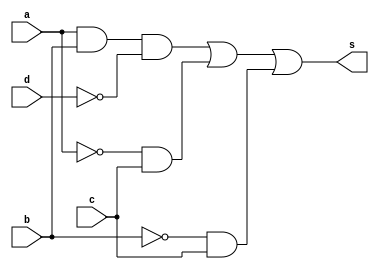
// ------------------------------
// Guia 08 - simplificacoes
// Nome: Mariana Ramos de Brito
// ------------------------------


// --------------
// -- numero 01
// --------------

module numero_01 (s, a, b, c, d);
	
	input   a, b, c ,d;
	output s;
	
	wire sa1, sa2, sa3, sa4, sa5, sa6;
	
		// instancia	
	not NOT1 (sa1, d);
	not NOT2 (sa2, a);
	not NOT3 (sa3, b);
	
	and AND1 (sa4, a, b, sa1);
	and AND2 (sa5, sa2, c);
	and AND3 (sa6, sa3, c);
	
	or OR1 (s, sa4, sa5, sa6);
	
endmodule // numero_01


// --------------
// -- numero 02
// --------------

module numero_02 (s,a, b, c, d);
	
	input   a, b, c, d;
	output s;
	
	wire sa1, sa2, sa3, sa4, sa5, sa6, sa7, sa8, sa9;
	
		// instancia	
	not NOT1 (sa1, a);
	not NOT2 (sa2, b);
	not NOT3 (sa3, c);
	not NOT4 (sa4, d);
	
	and AND1 (sa5, sa1, sa2, sa4);
	and AND2 (sa6, sa1, sa3, sa4);
	and AND3 (sa7, sa2, sa3, sa4);
	and AND4 (sa8, a, sa2, d);
	and AND5 (sa9, a, sa3, d);
	
	or OR1 (s, sa5, sa6, sa7, sa8, sa9);
	
endmodule // numero_02


// --------------
// -- numero 03
// --------------

module numero_03 (s, a, b, c, d, e);
	
	input   a, b, c, d, e;
	output s;
	
	wire sa1, sa2, sa3;
	
		// instancia	
	not NOT1 (sa1, a);
	not NOT2 (sa2, b);
	not NOT3 (sa3, c);
	not NOT4 (sa4, d);
	not NOT5 (sa5, e);
	
	and AND1 (sa6, a, b, d, e);
	and AND2 (sa7, sa1, sa3, sa4);
	and AND3 (sa8, sa2, sa4, e);
	and AND4 (sa9, sa2, sa4, c);
	and AND5 (sa10, b, c, d);
	and AND6 (sa11, c, e);
	and AND7 (sa12, a, sa2, sa3, d, sa5);
	
	or OR1 (s, sa6, sa7, sa8, sa9, sa10, sa11, sa12);
	
endmodule // numero_03


// --------------
// -- numero 04
// --------------

module numero_04 (s, a, b ,c ,d);
	
	input   a, b, c, d;
	output s;
	
	wire sa1, sa2, sa3, sa4, sa5, sa6, sa7, sa8, sa9, sa10, sa11, sa12;
	
		// instancia	
	nand NAND1 (sa1, d);
	nand NAND2 (sa2, a, b, sa1);
	nand NAND3 (sa3, sa2);
	nand NAND4 (sa4, sa3);
	nand NAND5 (sa5, a);
	nand NAND6 (sa6, c, sa5);
	nand NAND7 (sa7, sa6);
	nand NAND8 (sa8, sa7);
	nand NAND9 (sa9, b);
	nand NAND10 (sa10, c, sa9);
	nand NAND11 (sa11, sa10);
	nand NAND12 (sa12, sa11);
	nand NAND13 (s, sa4, sa8, sa12);
	
endmodule // numero_04


// --------------
// -- numero 05
// --------------

module numero_05 (s, a, b, c, d);
	
		input a, b, c, d;
		output s;
		
		wire sa1, sa2, sa3, sa4, sa5, sa6, sa7, sa8, sa9, sa14, sa21, sa26, sa31, sa32;
		
		nor NOR1 (sa1, a);
		nor NOR2 (sa2, sa1);
		nor NOR3 (sa3, b);
		nor NOR4 (sa4, sa3);
		nor NOR5 (sa5, d);
		nor NOR6 (sa6, sa5);
		nor NOR7 (sa7, sa2, sa4, sa6);
		
		nor NOR8 (sa8, c);
		nor NOR9 (sa9, sa8);
		nor NOR14 (sa14, sa2, sa6, sa9);
		
		nor NOR21 (sa21, sa4, sa9, sa6);
		
		nor NOR26 (sa26, sa1, sa4, sa5);

		nor NOR31 (sa31, sa1, sa9, sa5);
		
		nor NOR32 (sa32, sa7, sa14, sa21, sa26, sa31);
		nor NOR33 (s, sa32);
	
endmodule // numero_05



// ----------------
// -- guia 08 teste
// ----------------

module teste_guia_08;

	reg [4:0] entrada;
	wire s1, s2, s3 ,s4, s5;
	
	
		// instancia	
	numero_01 PRIM (s1, entrada[4], entrada[3], entrada[2], entrada[1]);
	numero_02 SEG (s2, entrada[4], entrada[3], entrada[2], entrada[1]);
	numero_03 TER (s3, entrada[4], entrada[3], entrada[2], entrada[1], entrada[0]);
	numero_04 QUA (s4, entrada[4], entrada[3], entrada[2], entrada[1]);
	numero_05 QUI (s5, entrada[4], entrada[3], entrada[2], entrada[1]);

	initial begin:start
		entrada = 0;
	end
	

		// parte principal
	initial begin:main
	
		$display("Guia 08 - Mariana Ramos de Brito - 405820\n");
		$monitor("\na = %b\nb = %b\nc = %b\nd = %b\ne = %b\n\nnumero 01 = %b\nnumero 02 = %b\nnumero 03 = %b\nnumero 04 = %b\nnumero 05 = %b\n", entrada[4], entrada[3], entrada[2], entrada[1], entrada[0], s1, s2, s3, s4 ,s5);


		#1 entrada = 1;
		#1 entrada = 5;
		#1 entrada = 14;
		#1 entrada = 20;
		#1 entrada = 31;
		#1 entrada = 13;
		#1 entrada = 24;
		#1 entrada = 3;
		#1 entrada = 8;
		#1 entrada = 29;
		#1 entrada = 2;
		#1 entrada = 23;
		#1 entrada = 17;
		#1 entrada = 15;
		#1 entrada = 30;
		#1 entrada = 6;
				
	end

endmodule // guia_08